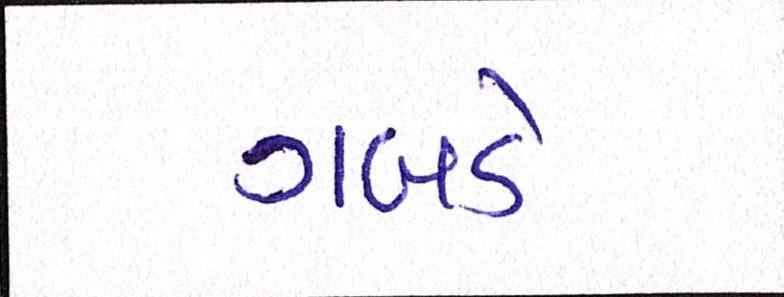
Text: ગબડે